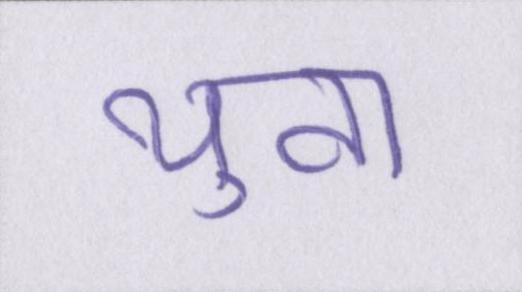
युवा